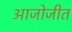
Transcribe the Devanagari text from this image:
आजोजीत